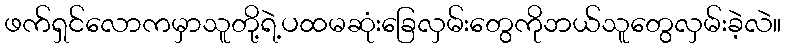
ဖက်ရှင်လောကမှာသူတို့ရဲ့ပထမဆုံးခြေလှမ်းတွေကိုဘယ်သူတွေလှမ်းခဲ့လဲ။